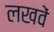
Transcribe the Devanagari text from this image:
लखवें